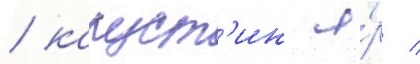
/ капуст'ин я́р /